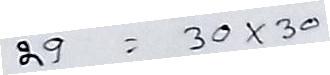
29 = 30 x 30